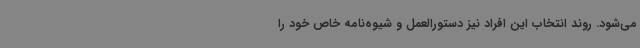
می‌شود. روند انتخاب این افراد نیز دستورالعمل و شیوه‌نامه خاص خود را